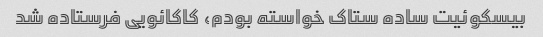
بیسکوئیت ساده ستاک خواسته بودم، کاکائویی فرستاده شد